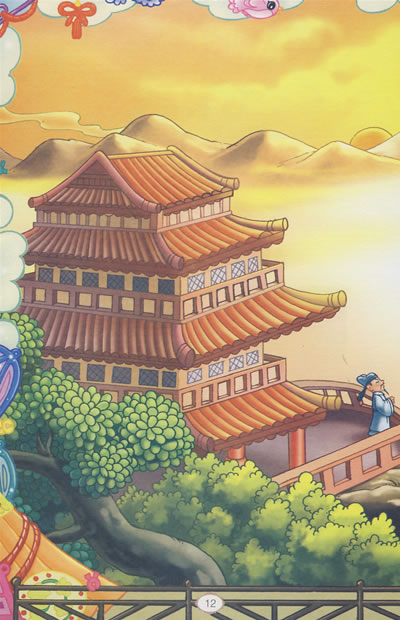
强欲登高去，无人送酒来。